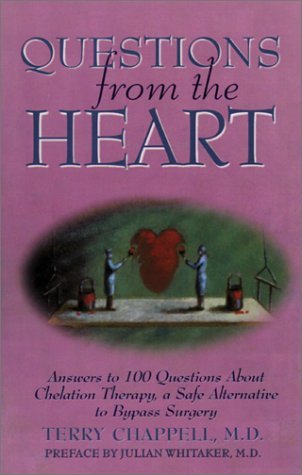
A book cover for Questions From The Heart: Answers to 100 Questions About Chelation Therapy... [Paperback] [1995] (Author) Terry Chappell, Julian Whitaker; Health, Fitness & Dieting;